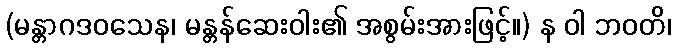
(မန္တာဂဒဝသေန၊ မန္တန်ဆေးဝါး၏ အစွမ်းအားဖြင့်။) န ဝါ ဘဝတိ၊